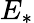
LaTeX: E_{*}